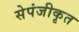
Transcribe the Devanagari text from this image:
सेपंजीकृत